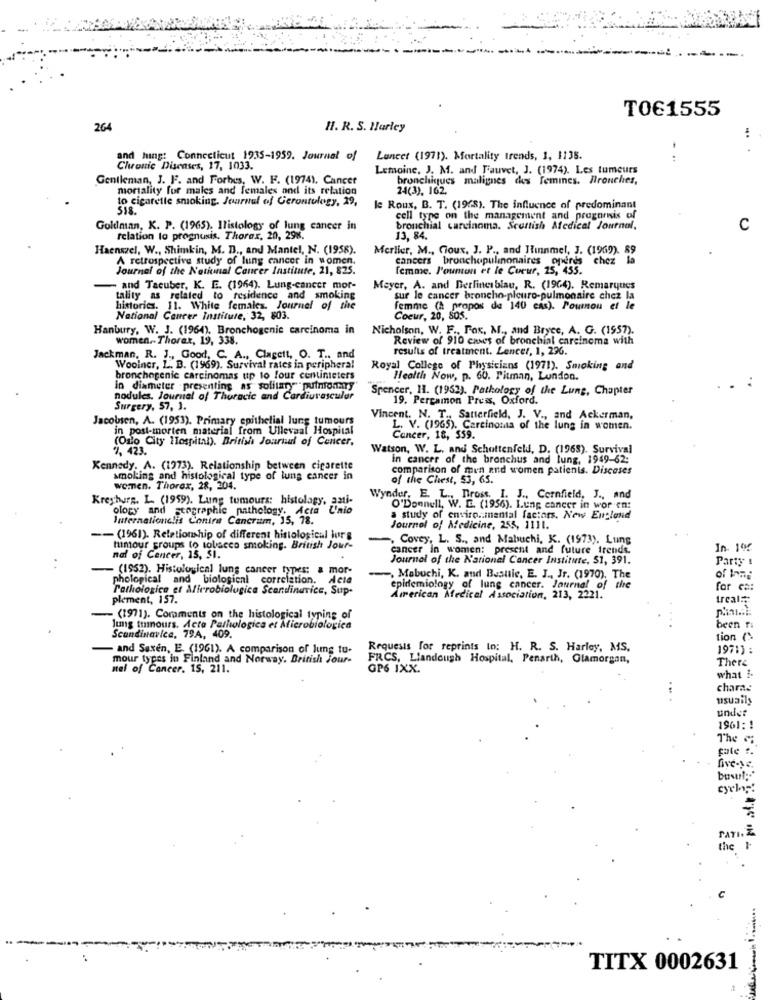
T0€1555
264
H. R. S. Harley
and hing: Connecticut 1935-1959. Journal of
Laneet (1971). Mortality trends, 1, 1138.
Chronic Diseases, 17, 1033.
Lemoine, J. M. and Fauvet, J. (1974). Les tumeurs
Gentleman, J. F. and Forbes, W. F. (1974). Cancer
bronchiques malignes chus femines. Bronches,
mortality for males and females and its relation
24(3), 162.
to cigarette smoking. Journal of Gerontulogy, 29,
318.
le Roux, B. T. (1968). The influence of predominant
cell tyne on the management and pregenesis of
Goldman, K. P. (1965). Ilistology of lung cancer in
bronchial carcinoma. Scottish Medical Journal,
C
relation to prognusis. Thorax, 20, 298.
13, 84.
Haenszel, W ., Shimkin, M. D ., and Mantel, N. (1958).
Merlier, M ., Coux, J. P ., and Hinnmel, J. (1969). 89
A retrospective study of lung cancer in women.
cancers bronchopulinonaires operds chez la
Journal of the National Cancer Institute, 21, 825.
femme. P'ounon et le Coeur, 25, 4
and Tacuber, K. E. (1964). Lung-cancer mor-
Meyer, A. and Berlinerblau, R. (1964). Remarques
tality as related to residence and smoking
sur le cancer broncho-pleuro-pulmonaire chez la
. 11. White females. Journal of the
femme (a propos de 140 cas). Pournou et le
National Cancer Institute, 32, 803.
Coeur, 20, 805.
Hanbury, W. J. (1964), Bronchogenic carcinoma in
Nicholson, W. F ., Fox, M ., and Bryce, A. G. (1957).
women.Thorax, 19, 338.
Review of 910 cases of bronchial carcinoma with
results of treatment. Lencer, 1, 236.
Jackman, R. J ., Good, C. A ., Clagett, O. T ., and
Wooiner, L. B. (1969). Survival rates in peripheral
Royal College of Physicians (1971). Smoking and
bronchogenic carcinomas up to four centimeters
Health Now, p. 60. Pitman, London.
in diameter -presenting as solitary puiniciary"
Spencer, 11. (1952). Pathology of the Lung, Chapter
nodules. Journal of Thoracic and Cardiures
çalør
19. Pergamon Press, Oxford.
Surgery, 57, 1.
Jacobsen, A. (1953). Primary epithelial lung tumours
Vincent. N. T ., Satterfield, J. V ., and Ackerman,
in post-morten material from Ullevaal Hospital
L. V. (1965). Carcinonia of the lung in women.
(Oslo City Hospital). British Journal of Cancer.
Cancer, 18, 559.
7, 423.
Watson, W. L. and Schottenfeld, D. (1968). Survival
in cancer of the bronchus and lung, 1949-62;
Kennedy. A. (1973). Relationship between cigarette
comparison of men and women patients. Discases
smoking and histological type of lung cancer in
of the Chest, 53, 65.
women. Thorax, 28, 204.
Kreyhurg. L. (1959). Lung tumours: histolagy, anti-
Wynder, E. L ., Drost. I. J ., Cornfield, J ., and
ology and stographic pathology. Acta Unio
O'Donnell, W. E. (1956). Lung cancer in wor en:
Internationalis Contra Cancrum, 15, 78.
study of enviro .. mental factors. New England
Journal of Medicine, 255, 1111.
-- (1961). Relationship of different histological lur s
Covey, L. S ., and Mabuchi, K. (1973). Lung
tumour groups to tobacco smoking. British Jour-
cancer in women: present and future trends.
In. 100
nal of Ceneer, 15, SI.
Journal of the National Cancer Institute, 51, 391.
Party !
- (1952). Histological lung cancer types: & mor-
phological and biological correlation. Acte
, Mabuchi, K. and Bestie, E. J ., Jr. (1970), The
the
of lang
Pathologice et Microbiologica Scandinavice, Sup-
epidemiology of lung cancer. Journal of
far ca:
plement, 157.
American Medical Association, 213, 2221.
treal:
(1971). Comments on the histological typing of
Jung trumours. Acta Pathologica et Microbiologica
been ra
Scandinavica, 79A, 409.
tion (>
and Saxen, E. (1961). A comparison of Jung tu-
Requests for reprints to: H. R. S. Harley, MS.
1971) :
mour types in Finland and Norway. British Jour-
FRCS, Liandough Hospital, Penarth, Glamorgan,
There
nal of Cancer. 15, 211.
GP6 IXX.
what i
charac
usuails
under
1961: 1
The
pate :.
TATI, Z
the 1
TITX 0002631